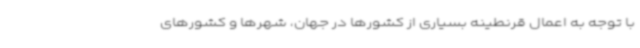
با توجه به اعمال قرنطینه بسیاری از کشورها در جهان، شهرها و کشورهای